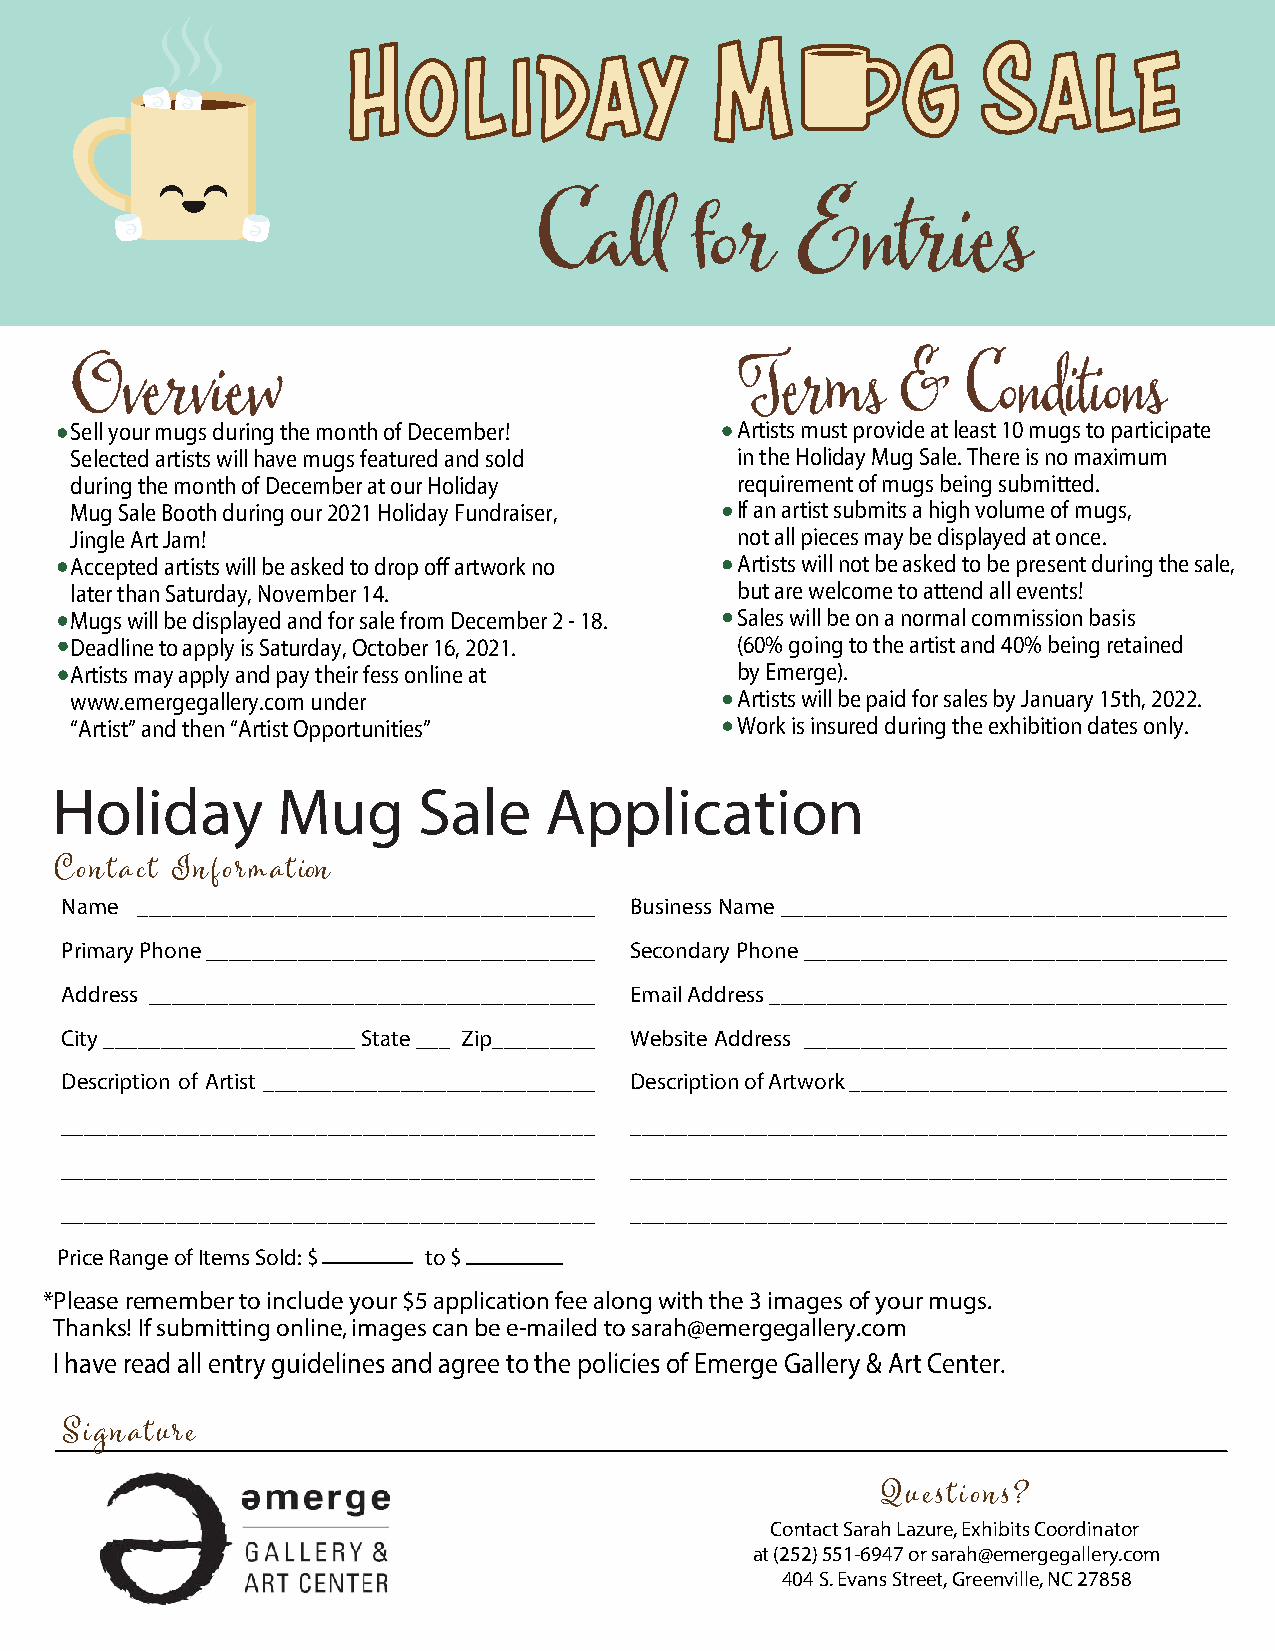
Call            for          Entries
 Holiday     Mug     &  Chili   BoCwal  Sllal efo 2r0 1E9 ntries
 Overview                                    Terms      &   Conditions
 Sell your mugs during the month of December! Artists must provide at least 10 mugs to participate
 Selected artists will have mugs featured and sold in the Holiday Mug Sale. There is no maximum
 during the month of December at our Holiday requirement of mugs being submitted.
 Mug Sale Booth during our 2021 Holiday Fundraiser, If an artist submits a high volume of mugs,
 Jingle Art Jam!                             not all pieces may be displayed at once.
 Accepted artists will be asked to drop off artwork no Artists will not be asked to be present during the sale,
 later than Saturday, November 14.           but are welcome to attend all events!
 Mugs will be displayed and for sale from December 2 - 18. Sales will be on a normal commission basis
 Deadline to apply is Saturday, October 16, 2021. (60% going to the artist and 40% being retained
 Artists may apply and pay their fess online at by Emerge).
 www.emergegallery.com under                 Artists will be paid for sales by January 15th, 2022.
 “Artist” and then “Artist Opportunities”    Work is insured during the exhibition dates only.
 Holiday        Mug       Sale    Application
 C ont act Information
 Name ________________________________________ Business Name _______________________________________
 Primary Phone __________________________________ Secondary Phone _____________________________________
 Address _______________________________________ Email Address ________________________________________
 City ______________________ State ___ Zip_________ Website Address _____________________________________
 Description of Artist _____________________________ Description of Artwork _________________________________
 ______________________________________________ ____________________________________________________
 ______________________________________________ ____________________________________________________
 ______________________________________________ ____________________________________________________
 Price Range of Items Sold: $ to $
 *Please remember to include your $5 application fee along with the 3 images of your mugs.
 Thanks! If submitting online, images can be e-mailed to sarah@emergegallery.com
 I have read all entry guidelines and agree to the policies of Emerge Gallery & Art Center.
 Signature
 Questions?
 Contact Sarah Lazure, Exhibits Coordinator
 at (252) 551-6947 or sarah@emergegallery.com
 404 S. Evans Street, Greenville, NC 27858